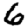
Digit: 6